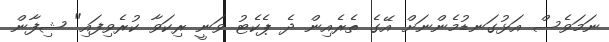
ނަމަވެސް އަޅުގަނޑުމެންނަށް އޭގެ ތެރެއިން ދެ ޕެކެޓު ވަނީ ރިކަވާ ކުރެވިފައި" ޝިފާން